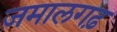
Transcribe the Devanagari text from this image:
जमालगढ़